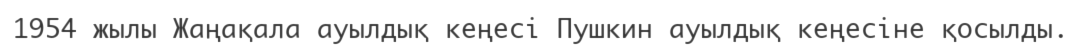
1954 жылы Жаңақала ауылдық кеңесі Пушкин ауылдық кеңесіне қосылды.